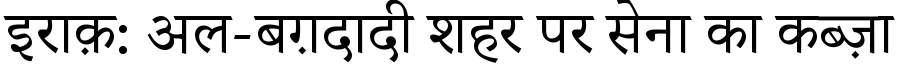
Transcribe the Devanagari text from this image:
इराक़: अल-बग़दादी शहर पर सेना का कब्ज़ा